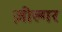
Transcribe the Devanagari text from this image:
ज़ील्‍गर